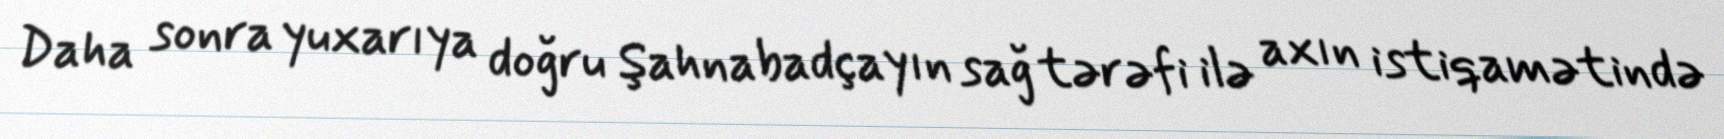
Daha sonra yuxarıya doğru Şahnabadçayın sağ tərəfi ilə axın istiqamətində